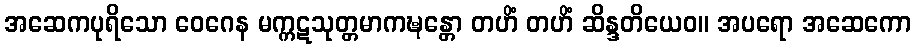
အဆေကပုရိသော ဝေဂေန မက္ကဋသုတ္တမာကဍ္ဎန္တော တဟိံ တဟိံ ဆိန္ဒတိယေဝ။ အပရော အဆေကော